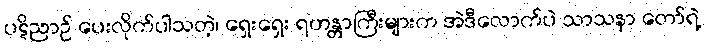
ပဋိညာဉ် ပေးလိုက်ပါသတဲ့၊ ရှေးရှေး ရဟန္တာကြီးများက အဲဒီလောက်ပဲ သာသနာ တော်ရဲ့